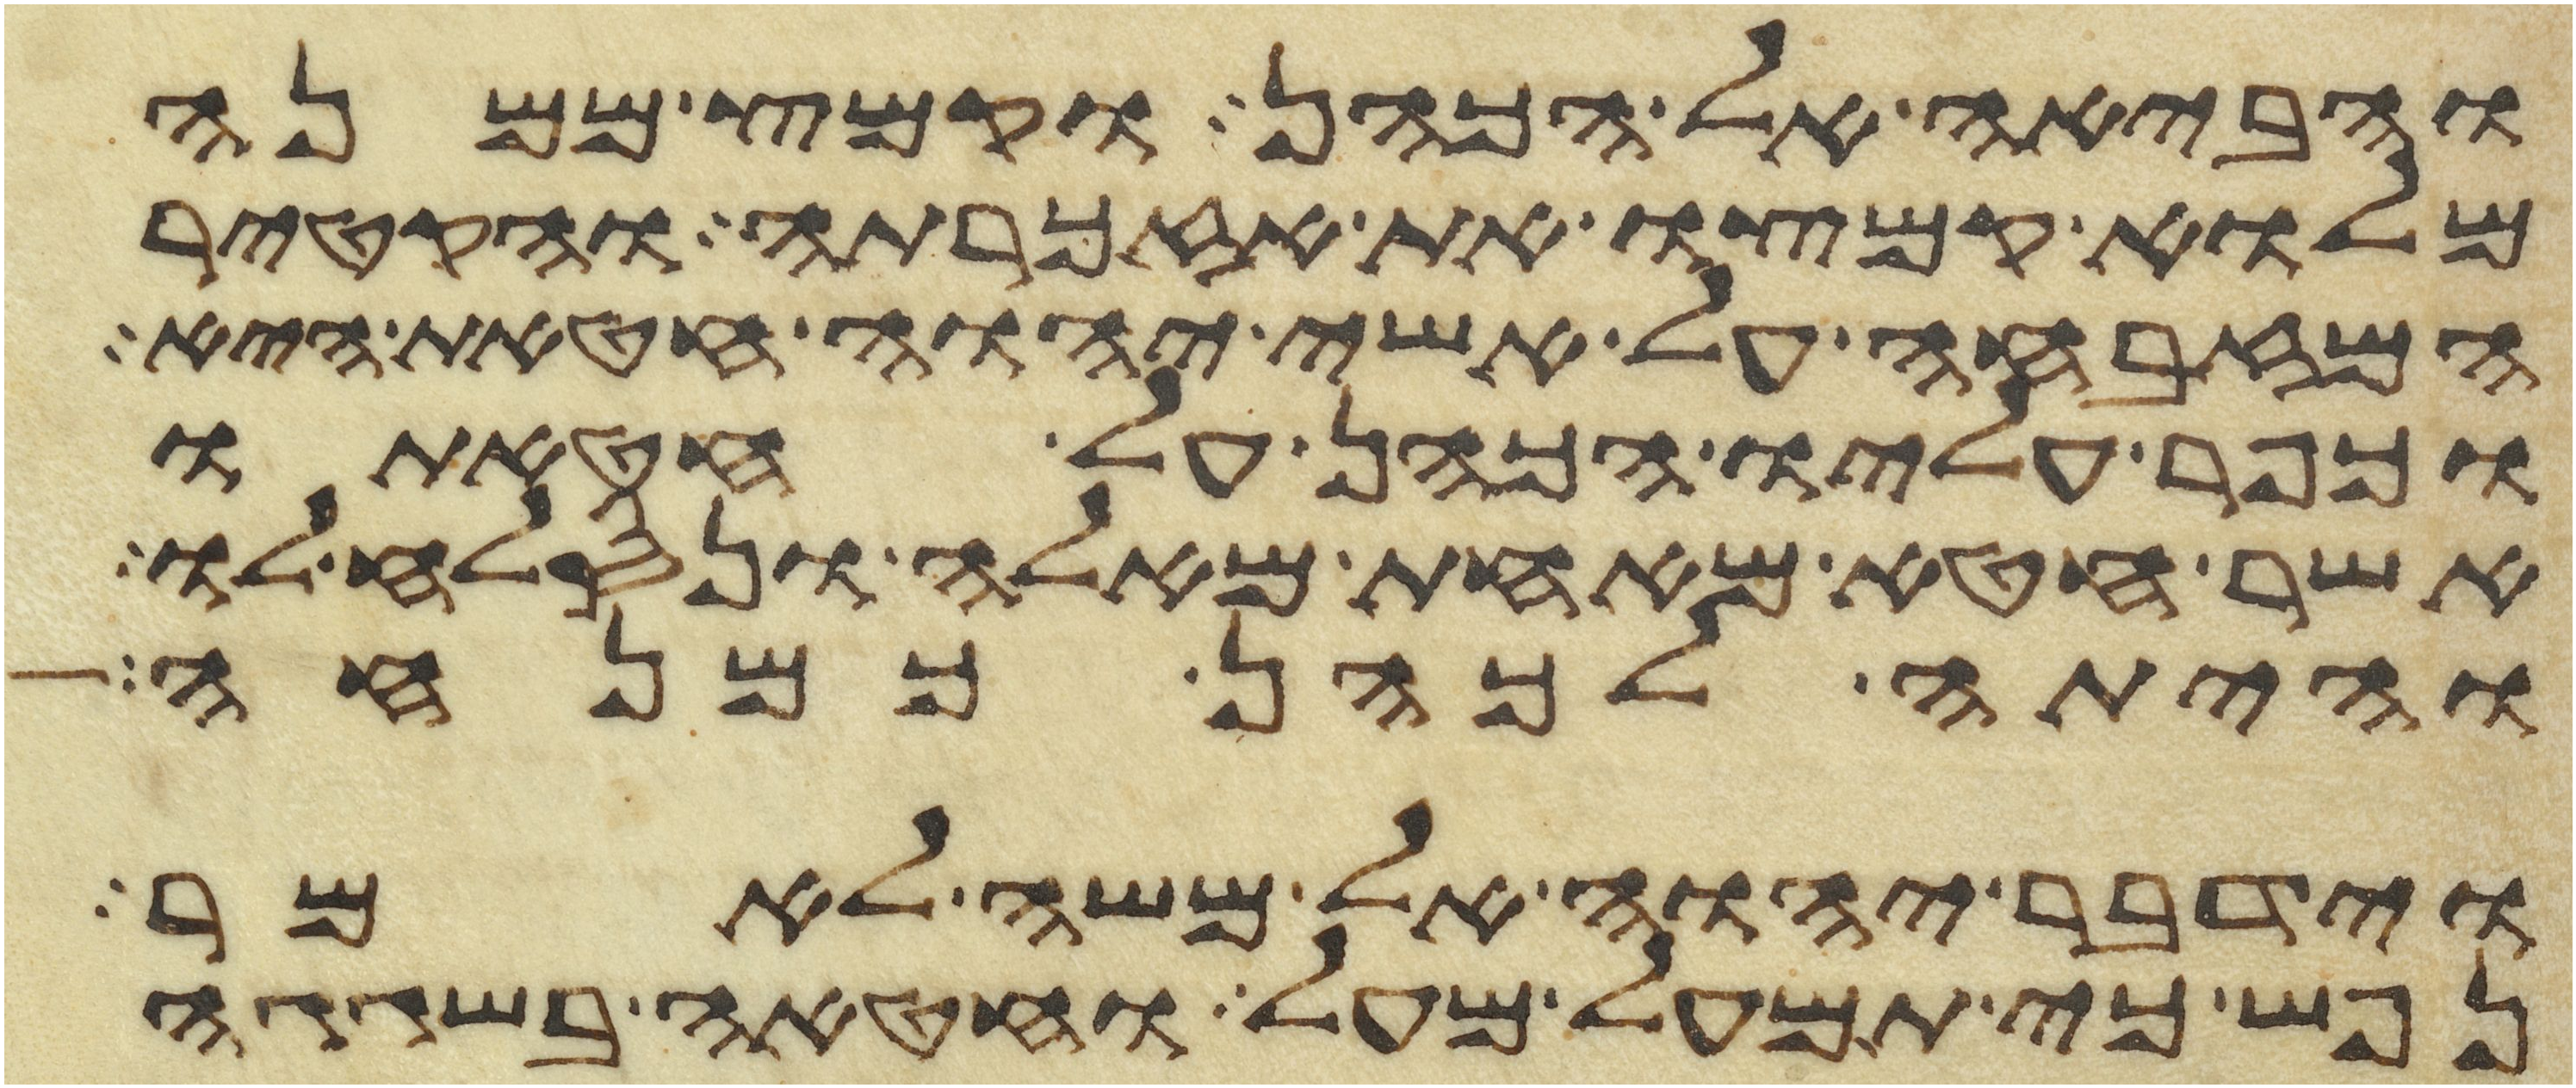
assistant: והביאה אל הכהן וקמץ ממנה
מלוא קמצו את אזכרתה והקטיר
המזבחה על אשי יהוה חטאת היא
וכפר עליו הכהן על חטאתו
אשר חטא מאחת מאלה ונסלח לו
והיתה לכהן כמנחה
וידבר יהוה אל משה לאמר
נפש כי תמעל מעל וחטאה בשגגה